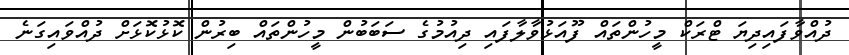
ދުއްވާފައިދިޔަ ޓްރަކް މީހުންތައް ފޫއަޅުވާލާފައި ދިއުމުގެ ސަބަބުން މީހުންތައް ބިރުން ކޮޅުކޮޅަށް ދުއްވައިގަނެ